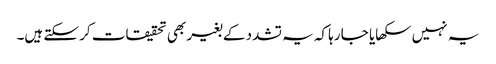
یہ نہیں سکھایا جا رہا کہ یہ تشدد کے بغیر بھی تحقیقات کر سکتے ہیں۔